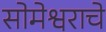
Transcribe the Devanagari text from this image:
सोमेश्वराचे